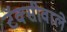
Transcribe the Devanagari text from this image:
टॅक्सीवाले